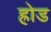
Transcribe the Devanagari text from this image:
ह्रोड